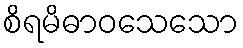
စိရမိဓာဝသေသော